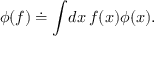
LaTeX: \phi ( f ) \doteq \int \! d x \, f ( x ) \phi ( x ) .